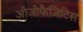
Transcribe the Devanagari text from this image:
ओजोफैजिटिस